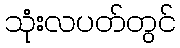
သုံးလပတ်တွင်